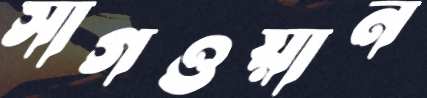
সাগওয়ান